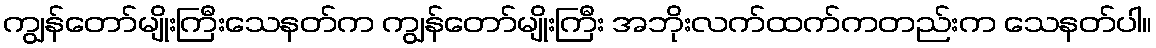
ကျွန်တော်မျိုးကြီးသေနတ်က ကျွန်တော်မျိုးကြီး အဘိုးလက်ထက်ကတည်းက သေနတ်ပါ။